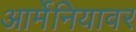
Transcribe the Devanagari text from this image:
आर्मेनियावर